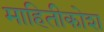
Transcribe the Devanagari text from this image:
माहितीकोश